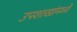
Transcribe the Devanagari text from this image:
उपशाखांमध्ये